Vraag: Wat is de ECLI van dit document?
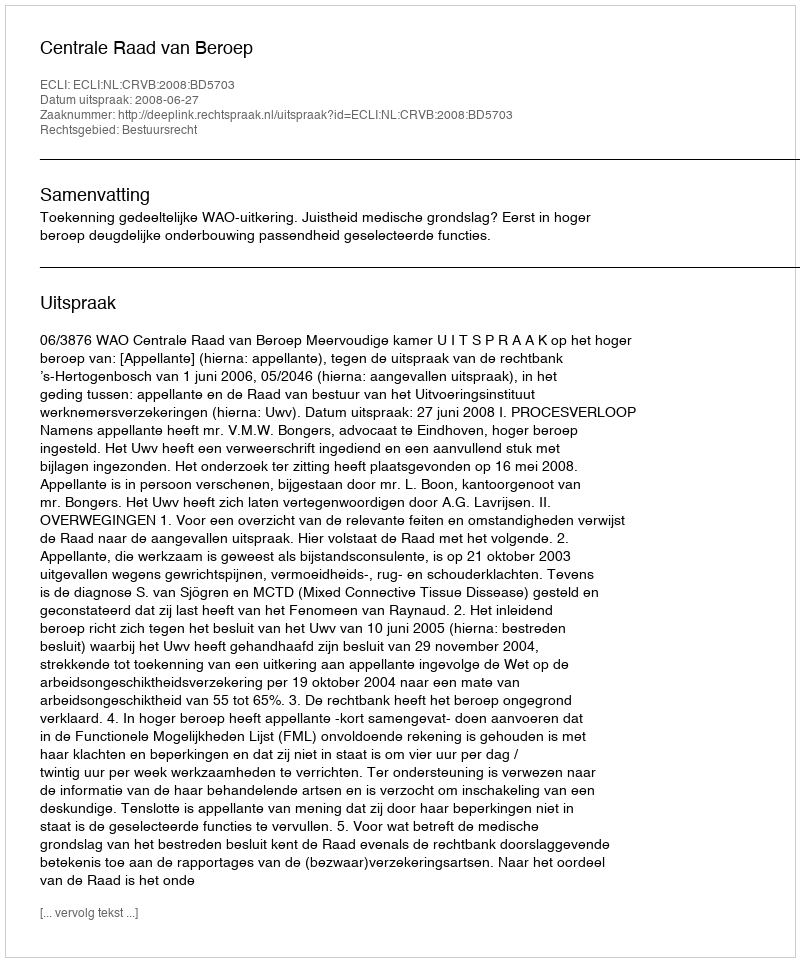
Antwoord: ECLI:NL:CRVB:2008:BD5703